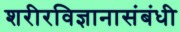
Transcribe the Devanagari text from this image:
शरीरविज्ञानासंबंधी